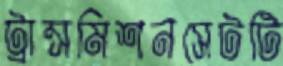
ট্রান্সমিশনসেটটি